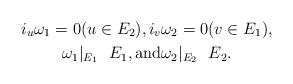
LaTeX: \begin{gather*}i_u\omega_1=0(u\in E_2),i_v\omega_2=0(v\in E_1),\\\omega_1| _{E_1}\ \ E_1,\mathrm{and}\omega_2| _{E_2}\ \ E_2.\end{gather*}